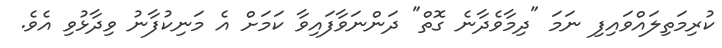
ކުރިމަތިލައްވައިފި ނަމަ "ދިމާވެދާނެ ގޮތް" ދަންނަވާފައިވާ ކަމަށް އެ މަނިކުފާނު ވިދާޅުވި އެވެ.